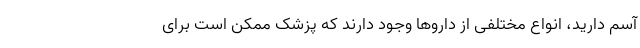
آسم دارید، انواع مختلفی از داروها وجود دارند که پزشک ممکن است برای